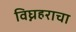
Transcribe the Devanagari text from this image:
विघ्नहराचा